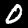
Label: 0